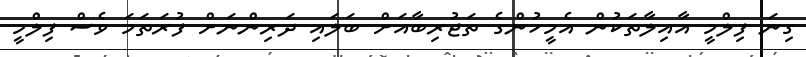
ގިނަ ފިލްމީ އާއިލާތަކުން އެމީހުންގެ ތަޖުރިބާއަށް ބަލައި ދަރިންނަށް ފުރަތަމަ ވެސް ފިލްމީ